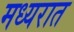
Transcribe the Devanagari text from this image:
मध्यरात